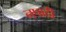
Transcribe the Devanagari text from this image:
नपादी